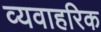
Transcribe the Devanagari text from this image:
व्यवाहरिक